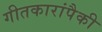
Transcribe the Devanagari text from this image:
गीतकारांपैकी